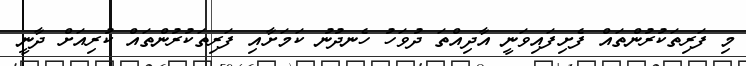
މި ފަރިތަކުރުންތައް ފެށިފައިވަނީ އާދިއްތަ ދުވަހު ހެނދުނު ކަމަށާއި ފަރިތަކުރުންތައް ކުރިއަށް ދާނީ